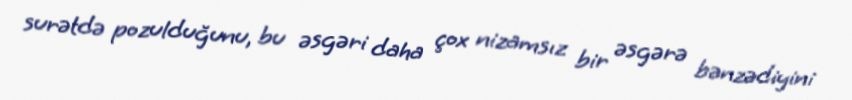
surətdə pozulduğunu, bu əsgəri daha çox nizamsız bir əsgərə bənzədiyini